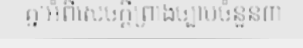
គ្នាអំពីសេចក្តីព្រាងច្បាប់ចំនួន៣